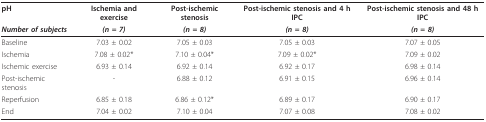
<table><thead><tr><td><b>pH</b></td><td><b>Ischemia and exercise</b></td><td><b>Post-ischemic stenosis</b></td><td><b>Post-ischemic stenosis and 4 h IPC</b></td><td><b>Post-ischemic stenosis and 48 h IPC</b></td></tr><tr><td><b><i>Number of subjects</i></b></td><td><b><i>(n = 7)</i></b></td><td><b><i>(n = 8)</i></b></td><td><b><i>(n = 8)</i></b></td><td><b><i>(n = 8)</i></b></td></tr></thead><tbody><tr><td>Baseline</td><td>7.03 ± 0.02</td><td>7.05 ± 0.03</td><td>7.05 ± 0.03</td><td>7.07 ± 0.05</td></tr><tr><td>Ischemia</td><td>7.08 ± 0.02*</td><td>7.10 ± 0.04*</td><td>7.09 ± 0.02*</td><td>7.09 ± 0.02</td></tr><tr><td>Ischemic exercise</td><td>6.93 ± 0.14</td><td>6.92 ± 0.14</td><td>6.92 ± 0.17</td><td>6.98 ± 0.14</td></tr><tr><td>Post-ischemic stenosis</td><td>-</td><td>6.88 ± 0.12</td><td>6.91 ± 0.15</td><td>6.96 ± 0.14</td></tr><tr><td>Reperfusion</td><td>6.85 ± 0.18</td><td>6.86 ± 0.12*</td><td>6.89 ± 0.17</td><td>6.90 ± 0.17</td></tr><tr><td>End</td><td>7.04 ± 0.02</td><td>7.10 ± 0.04</td><td>7.07 ± 0.08</td><td>7.08 ± 0.02</td></tr></tbody></table>